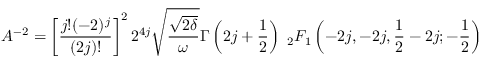
A ^ { - 2 } = \left[ \frac { j ! ( - 2 ) ^ { j } } { ( 2 j ) ! } \right] ^ { 2 } 2 ^ { 4 j } \sqrt { \frac { \sqrt { 2 \delta } } { \omega } } \Gamma \left( 2 j + \frac { 1 } { 2 } \right) \ _ { 2 } F _ { 1 } \left( - 2 j , - 2 j , \frac { 1 } { 2 } - 2 j ; - \frac { 1 } { 2 } \right)